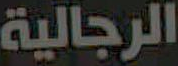
الرجالية